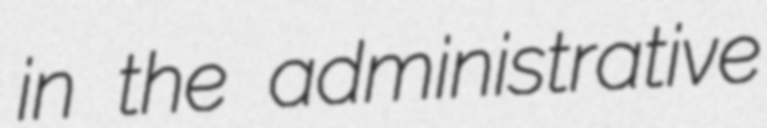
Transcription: in the administrative